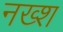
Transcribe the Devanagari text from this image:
नख्श